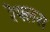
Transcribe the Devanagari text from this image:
रेफ्लस